Civil Veterinary Department. Madras. Admin. report 1926-33 - 1926-1933
Year: 1926
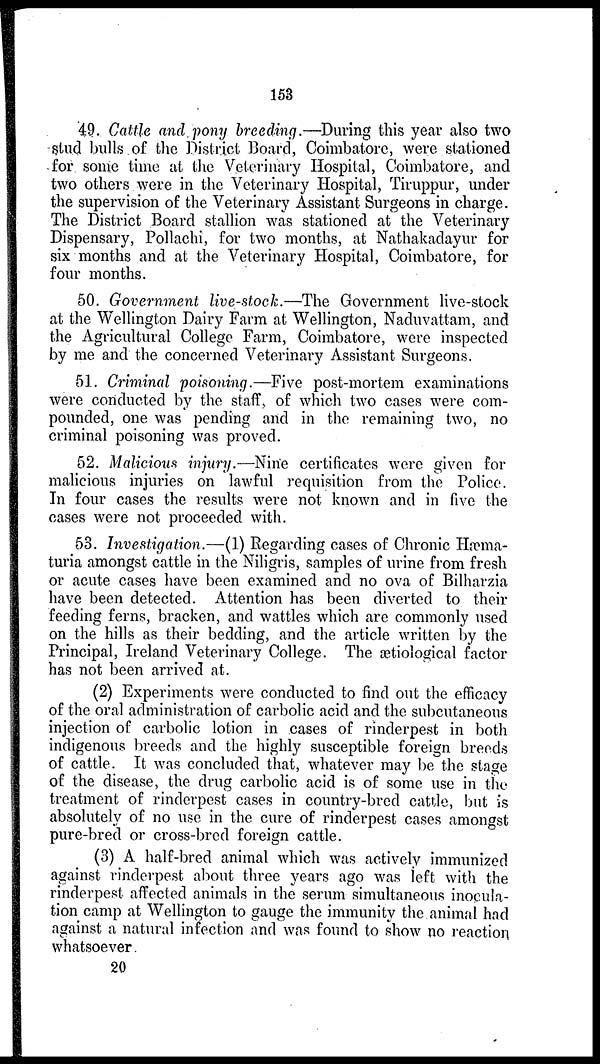
153
49. Cattle and pony breeding.—During this year also two
stud bulls of the District Board, Coimbatore, were stationed
for some time at the Veterinary Hospital, Coimbatore, and
two others were in the Veterinary Hospital, Tiruppur, under
the supervision of the Veterinary Assistant Surgeons in charge.
The District Board stallion was stationed at the Veterinary
Dispensary, Pollachi, for two months, at Nathakadayur for
six months and at the Veterinary Hospital, Coimbatore, for
four months.
50. Government live-stock.—The Government live-stock
at the Wellington Dairy Farm at Wellington, Naduvattam, and
the Agricultural College Farm, Coimbatore, were inspected
by me and the concerned Veterinary Assistant Surgeons.
51. Criminal poisoning.—Five post-mortem examinations
were conducted by the staff, of which two cases were com-
pounded, one was pending and in the remaining two, no
criminal poisoning was proved.
52. Malicious injury.—Nine certificates were given for
malicious injuries on lawful requisition from the Police.
In four cases the results were not known and in five the
cases were not proceeded with.
53. Investigation.—(1) Regarding cases of Chronic Hæma-
turia amongst cattle in the Niligris, samples of urine from fresh
or acute cases have been examined and no ova of Bilharzia
have been detected. Attention has been diverted to their
feeding ferns, bracken, and wattles which are commonly used
on the hills as their bedding, and the article written by the
Principal, Ireland Veterinary College. The ætiological factor
has not been arrived at.
(2) Experiments were conducted to find out the efficacy
of the oral administration of carbolic acid and the subcutaneous
injection of carbolic lotion in cases of rinderpest in both
indigenous breeds and the highly susceptible foreign breeds
of cattle. It was concluded that, whatever may be the stage
of the disease, the drug carbolic acid is of some use in the
treatment of rinderpest cases in country-bred cattle, but is
absolutely of no use in the cure of rinderpest cases amongst
pure-bred or cross-bred foreign cattle.
(3) A half-bred animal which was actively immunized
against rinderpest about three years ago was left with the
rinderpest affected animals in the serum simultaneous inocula-
tion camp at Wellington to gauge the immunity the animal had
against a natural infection and was found to show no reaction
whatsoever.
20